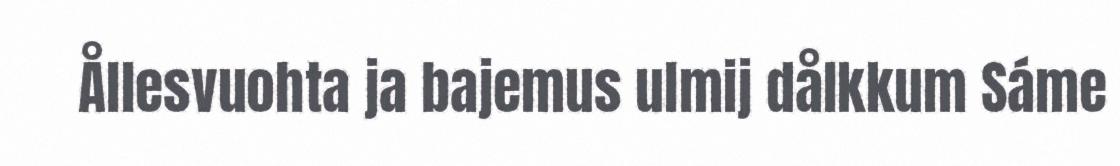
Ållesvuohta ja bajemus ulmij dålkkum Sáme